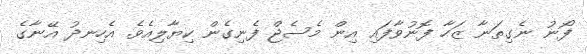
ފޯނު ނެގިތަނާ ޒަހާ ފޮނުވާފައި އިން މެސެޖް ފެނިގެން ކިޔާލިއެވެ. އެހިނދު އޭނާގެ